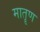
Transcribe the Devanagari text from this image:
मातॄण